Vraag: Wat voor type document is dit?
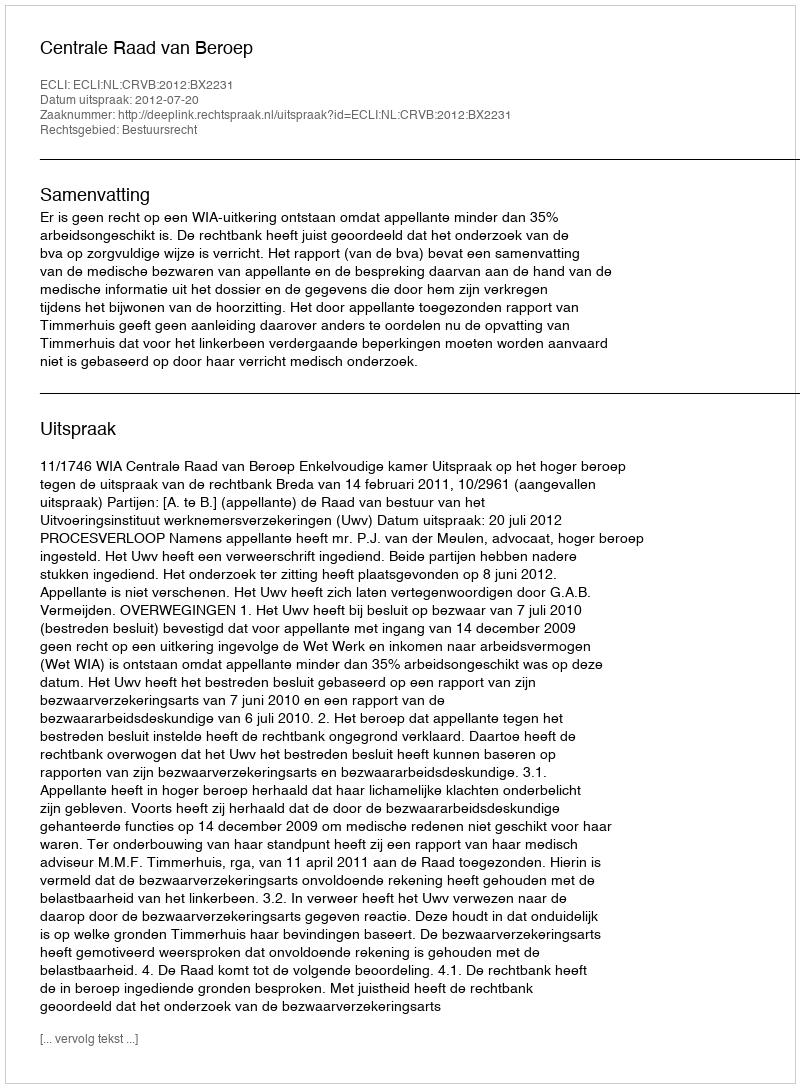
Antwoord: Uitspraak